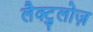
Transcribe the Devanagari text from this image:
लैक्टुलोज़